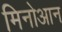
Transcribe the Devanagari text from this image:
मिनोआन